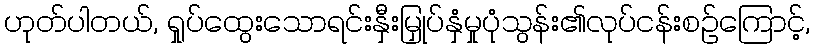
ဟုတ်ပါတယ်, ရှုပ်ထွေးသောရင်းနှီးမြှုပ်နှံမှုပုံသွန်း၏လုပ်ငန်းစဉ်ကြောင့်,